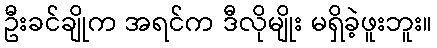
ဦးခင်ချိုက အရင်က ဒီလိုမျိုး မရှိခဲ့ဖူးဘူး။